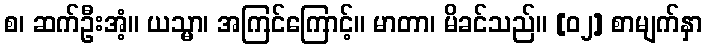
စ၊ ဆက်ဦးအံ့။ ယသ္မာ၊ အကြင်ကြောင့်။ မာတာ၊ မိခင်သည်။ [၀၂] စာမျက်နှာ